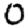
Digit: 0